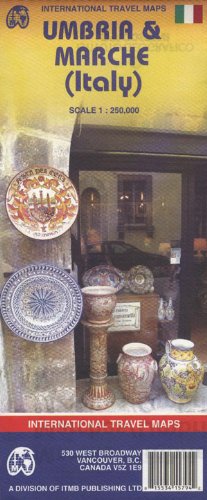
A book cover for Umbria & Marche (Italy) 1:250,000 Regional Travel Map; ITM Canada; Travel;